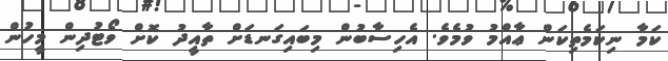
ކަމާ ނިކަމެތިކަން ޢާއްމު ވުމެވެ. އެހިސާބުން މިބައިގަނޑަށް ތާއީދު ކޮށް ވޯޓުދިން މީހުން